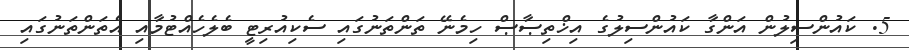
5. ކައުންސިލުން އަންގާ ކައުންސިލުގެ އިޚްތިޞާޞް ހިމެނޭ ތަންތަނުގައި ސެކިއުރިޓީ ބެލެހެއްޓުމާއި އެތަންތަނުގައި